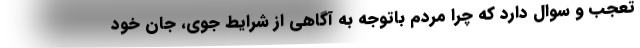
تعجب و سوال دارد که چرا مردم باتوجه به آگاهی از شرایط جوی، جان خود